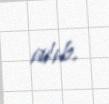
alıb.